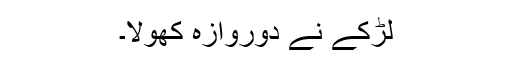
لڑکے نے دوروازہ کھولا۔